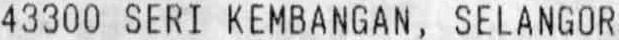
43300 SERI KEMBANGAN , SELANGOR